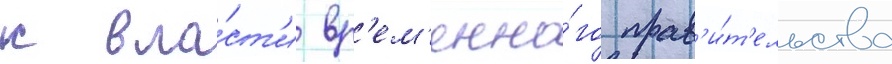
к вла́ст'и вр'ем'енно́го прав'и́т'ельства